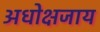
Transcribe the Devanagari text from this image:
अधोक्षजाय